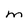
Character: M